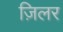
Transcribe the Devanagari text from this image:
ज़िलर